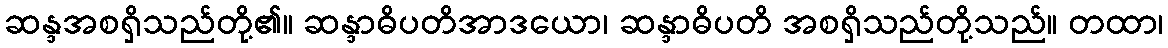
ဆန္ဒအစရှိသည်တို့၏။ ဆန္ဒာဓိပတိအာဒယော၊ ဆန္ဒာဓိပတိ အစရှိသည်တို့သည်။ တထာ၊